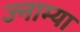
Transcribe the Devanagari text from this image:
ज्नाम्या